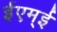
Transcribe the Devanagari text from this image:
ईएम्‌ई